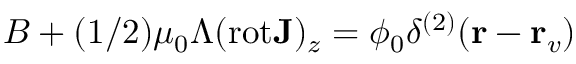
B + ( 1 / 2 ) \mu _ { 0 } \Lambda ( \mathrm { r o t } { \bf J } ) _ { z } = \phi _ { 0 } \delta ^ { ( 2 ) } ( { \bf r } - { \bf r } _ { v } )